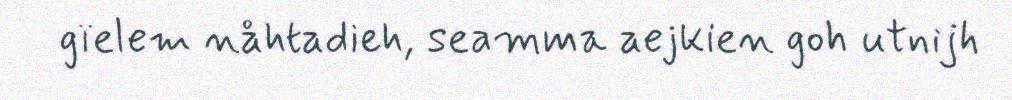
gïelem nåhtadieh, seamma aejkien goh utnijh